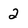
Character: 2